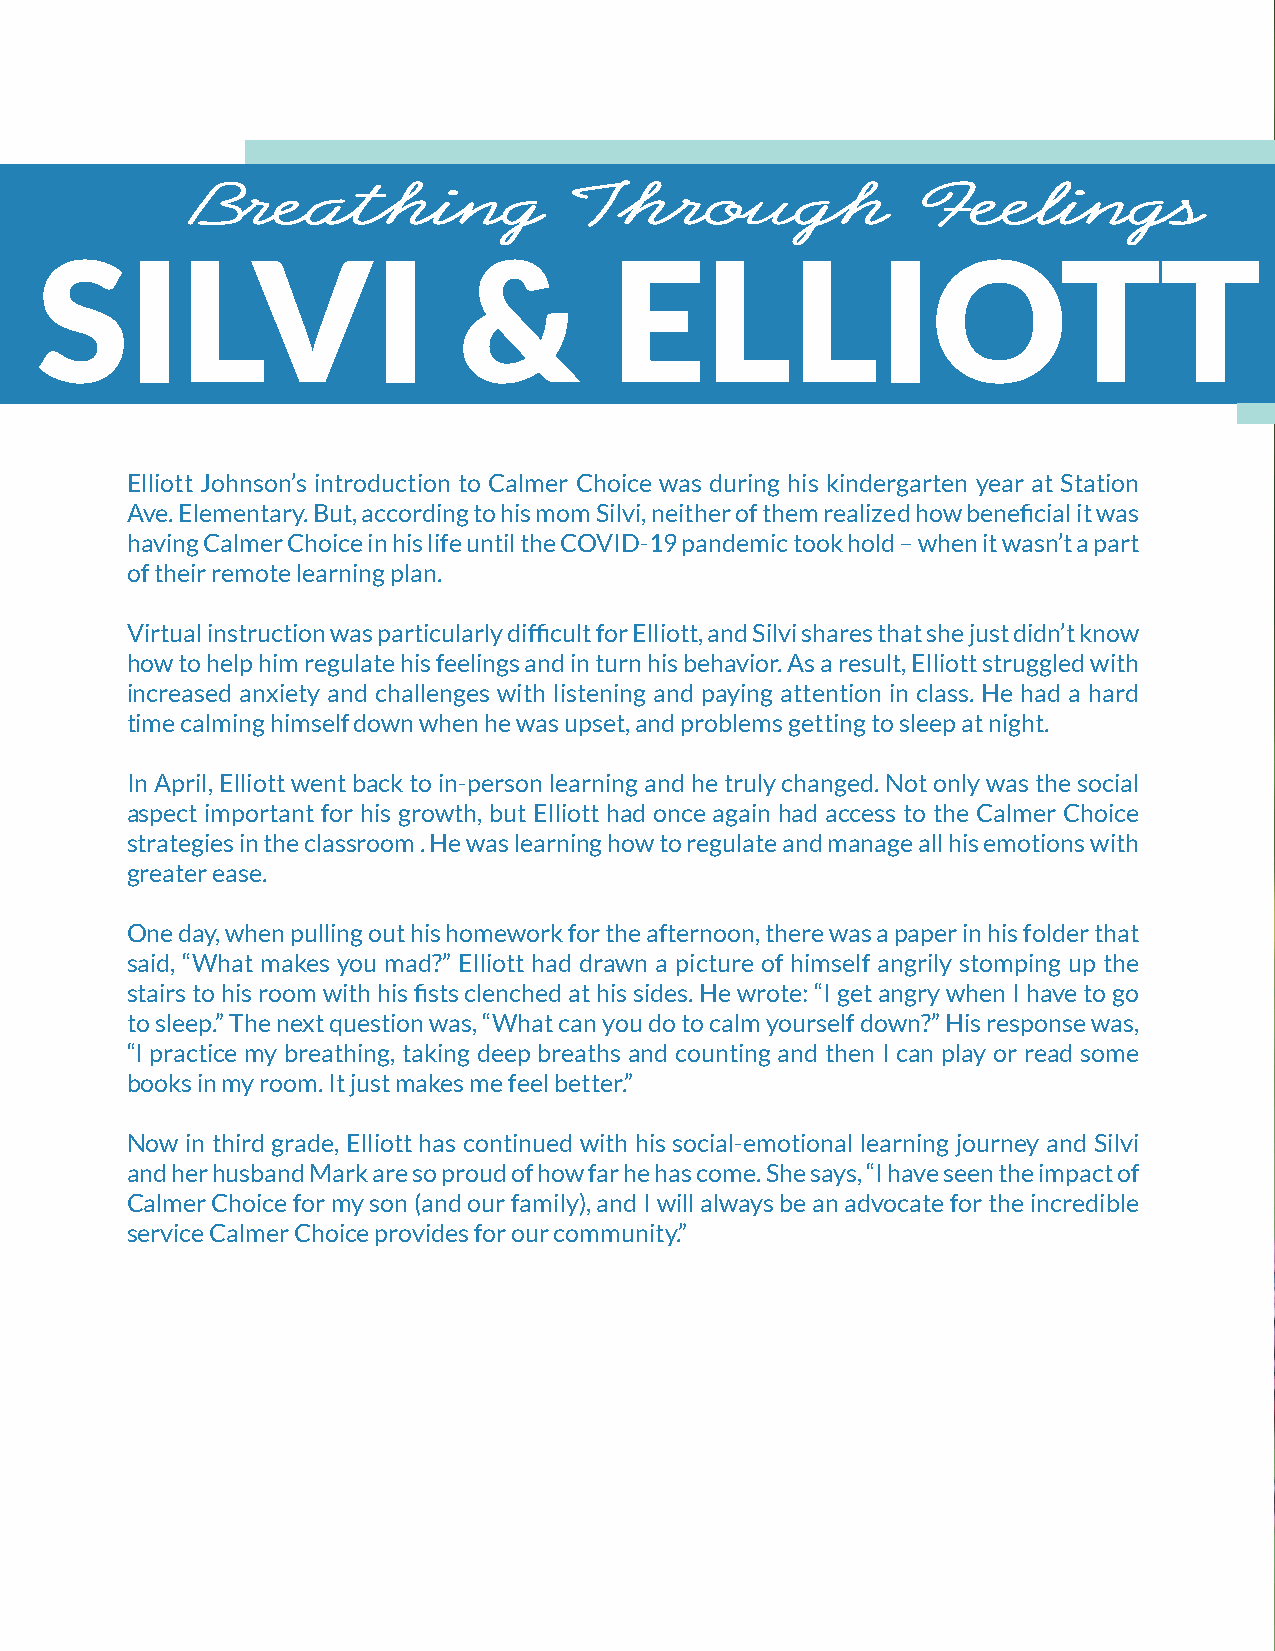
Breathing                 Through                Feelings
 SILVI                       &          ELLIOTT                                      JOHNSON
 Elliott Johnson’s introduction to Calmer Choice was during his kindergarten year at Station
 Ave. Elementary. But, according to his mom Silvi, neither of them realized how beneficial it was
 having Calmer Choice in his life until the COVID-19 pandemic took hold – when it wasn’t a part
 of their remote learning plan.
 Virtual instruction was particularly difficult for Elliott, and Silvi shares that she just didn’t know
 how to help him regulate his feelings and in turn his behavior. As a result, Elliott struggled with
 increased anxiety and challenges with listening and paying attention in class. He had a hard
 time calming himself down when he was upset, and problems getting to sleep at night.
 In April, Elliott went back to in-person learning and he truly changed. Not only was the social
 aspect important for his growth, but Elliott had once again had access to the Calmer Choice
 strategies in the classroom . He was learning how to regulate and manage all his emotions with
 greater ease.
 One day, when pulling out his homework for the afternoon, there was a paper in his folder that
 said, “What makes you mad?” Elliott had drawn a picture of himself angrily stomping up the
 stairs to his room with his fists clenched at his sides. He wrote: “I get angry when I have to go
 to sleep.” The next question was, “What can you do to calm yourself down?” His response was,
 “I practice my breathing, taking deep breaths and counting and then I can play or read some
 books in my room. It just makes me feel better.”
 Now in third grade, Elliott has continued with his social-emotional learning journey and Silvi
 and her husband Mark are so proud of how far he has come. She says, “I have seen the impact of
 Calmer Choice for my son (and our family), and I will always be an advocate for the incredible
 service Calmer Choice provides for our community.”